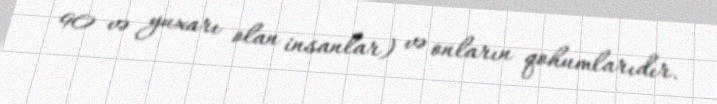
90 və yuxarı olan insanlar) və onların qohumlarıdır.